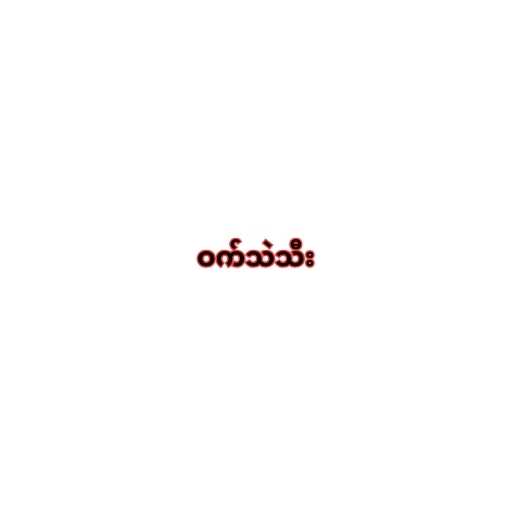
ဝက်သဲသီး